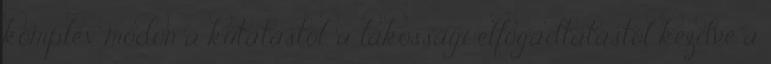
komplex módon a kutatástól, a lakossági elfogadtatástól kezdve a